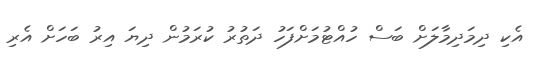
އެކި ދިމަދިމާލަށް ބަސް ހުއްޓުމަށްފަހު ދަތުރު ކުރަމުން ދިޔަ އިރު ބަހަށް އެރި